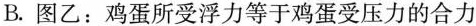
B.图乙：鸡蛋所受浮力等于鸡蛋受压力的合力